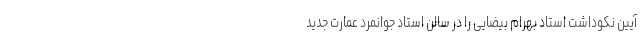
آیین نکوداشت استاد بهرام بیضایی را در سالن استاد جوانمرد عمارت جدید